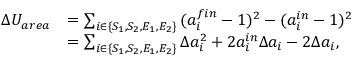
\begin{array} { r l } { \Delta U _ { a r e a } } & { = \sum _ { i \in \{ S _ { 1 } , S _ { 2 } , E _ { 1 } , E _ { 2 } \} } { ( a _ { i } ^ { f i n } - 1 ) ^ { 2 } - ( a _ { i } ^ { i n } - 1 ) ^ { 2 } } } \\ & { = \sum _ { i \in \{ S _ { 1 } , S _ { 2 } , E _ { 1 } , E _ { 2 } \} } \Delta a _ { i } ^ { 2 } + 2 a _ { i } ^ { i n } \Delta a _ { i } - 2 \Delta a _ { i } , } \end{array}